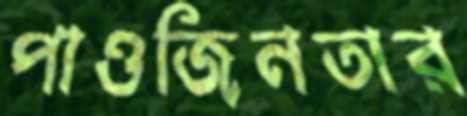
পাওজিনতার